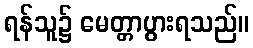
ရန်သူ၌ မေတ္တာပွားရသည်။